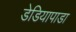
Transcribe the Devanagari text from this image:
डेडियापाडा